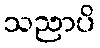
သညာပိ